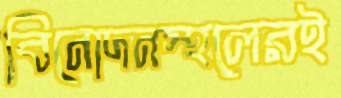
বিনোদনস্থলেরই